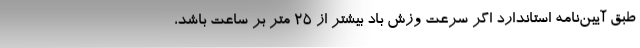
طبق آیین‌نامه استاندارد اگر سرعت وزش باد بیشتر از ۲۵ متر بر ساعت باشد،